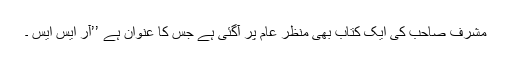
مشرف صاحب کی ایک کتاب بھی منظر عام پر آگئی ہے جس کا عنوان ہے ’’آر ایس ایس ۔